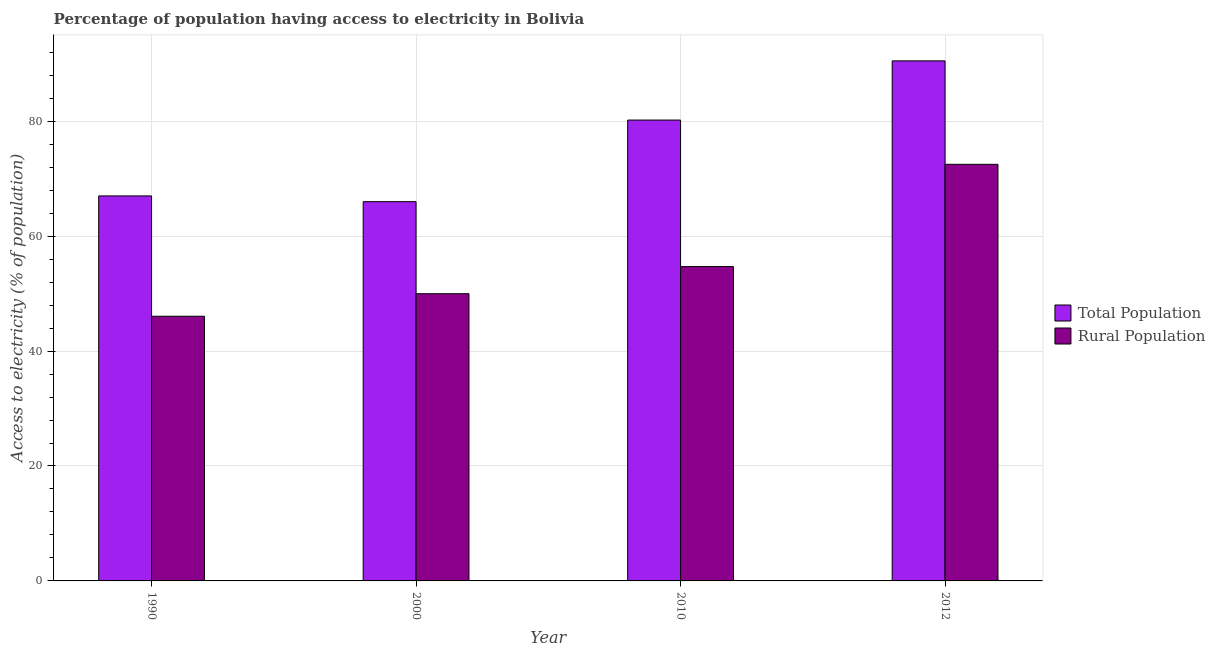
| Year | Total Population | Rural Population |
 | --- | --- | --- |
 | 1990 | 67 | 46.1 |
 | 2000 | 66 | 50 |
 | 2010 | 80.2 | 54.7 |
 | 2012 | 90.5 | 72.5 |